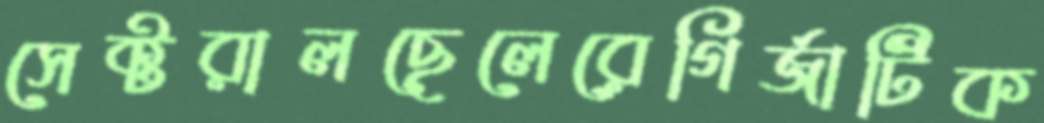
সেক্টরালছেলেরেগির্জাটিক